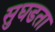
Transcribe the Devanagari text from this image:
सुघडता